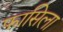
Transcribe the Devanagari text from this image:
फासिला